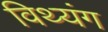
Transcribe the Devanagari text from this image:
विथ्यंग